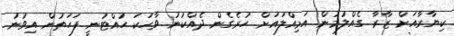
ކިޔާރާއަށް ޒާރާ ގެއްލުމުން އަމިއްލައަށް ހުރެގެން ދެއްކުނު ވާހަކަ ހުއްޓުނީ ފަހަތުން އިވުނު